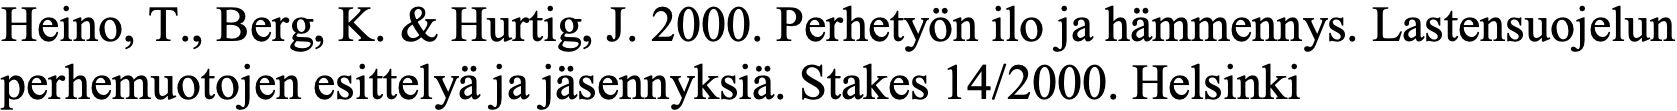
Heino, T., Berg, K. & Hurtig, J. 2000. Perhetyön ilo ja hämmennys. Lastensuojelun perhemuotojen esittelyä ja jäsennyksiä. Stakes 14/2000. Helsinki